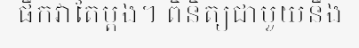
ផឹកវាតែម្តង។ ពិនិត្យជាមួយនឹង